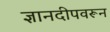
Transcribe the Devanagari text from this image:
ज्ञानदीपवरून